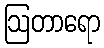
ဩတာရော